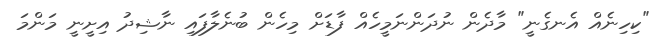
"ކިހިނެއް އެނގެނީ" މާދެން ނުދަންނަމީހެއް ފާޑަށް މިހެން ބުނެލާފައި ނާޝިދު އިށީނީ މަންމަ